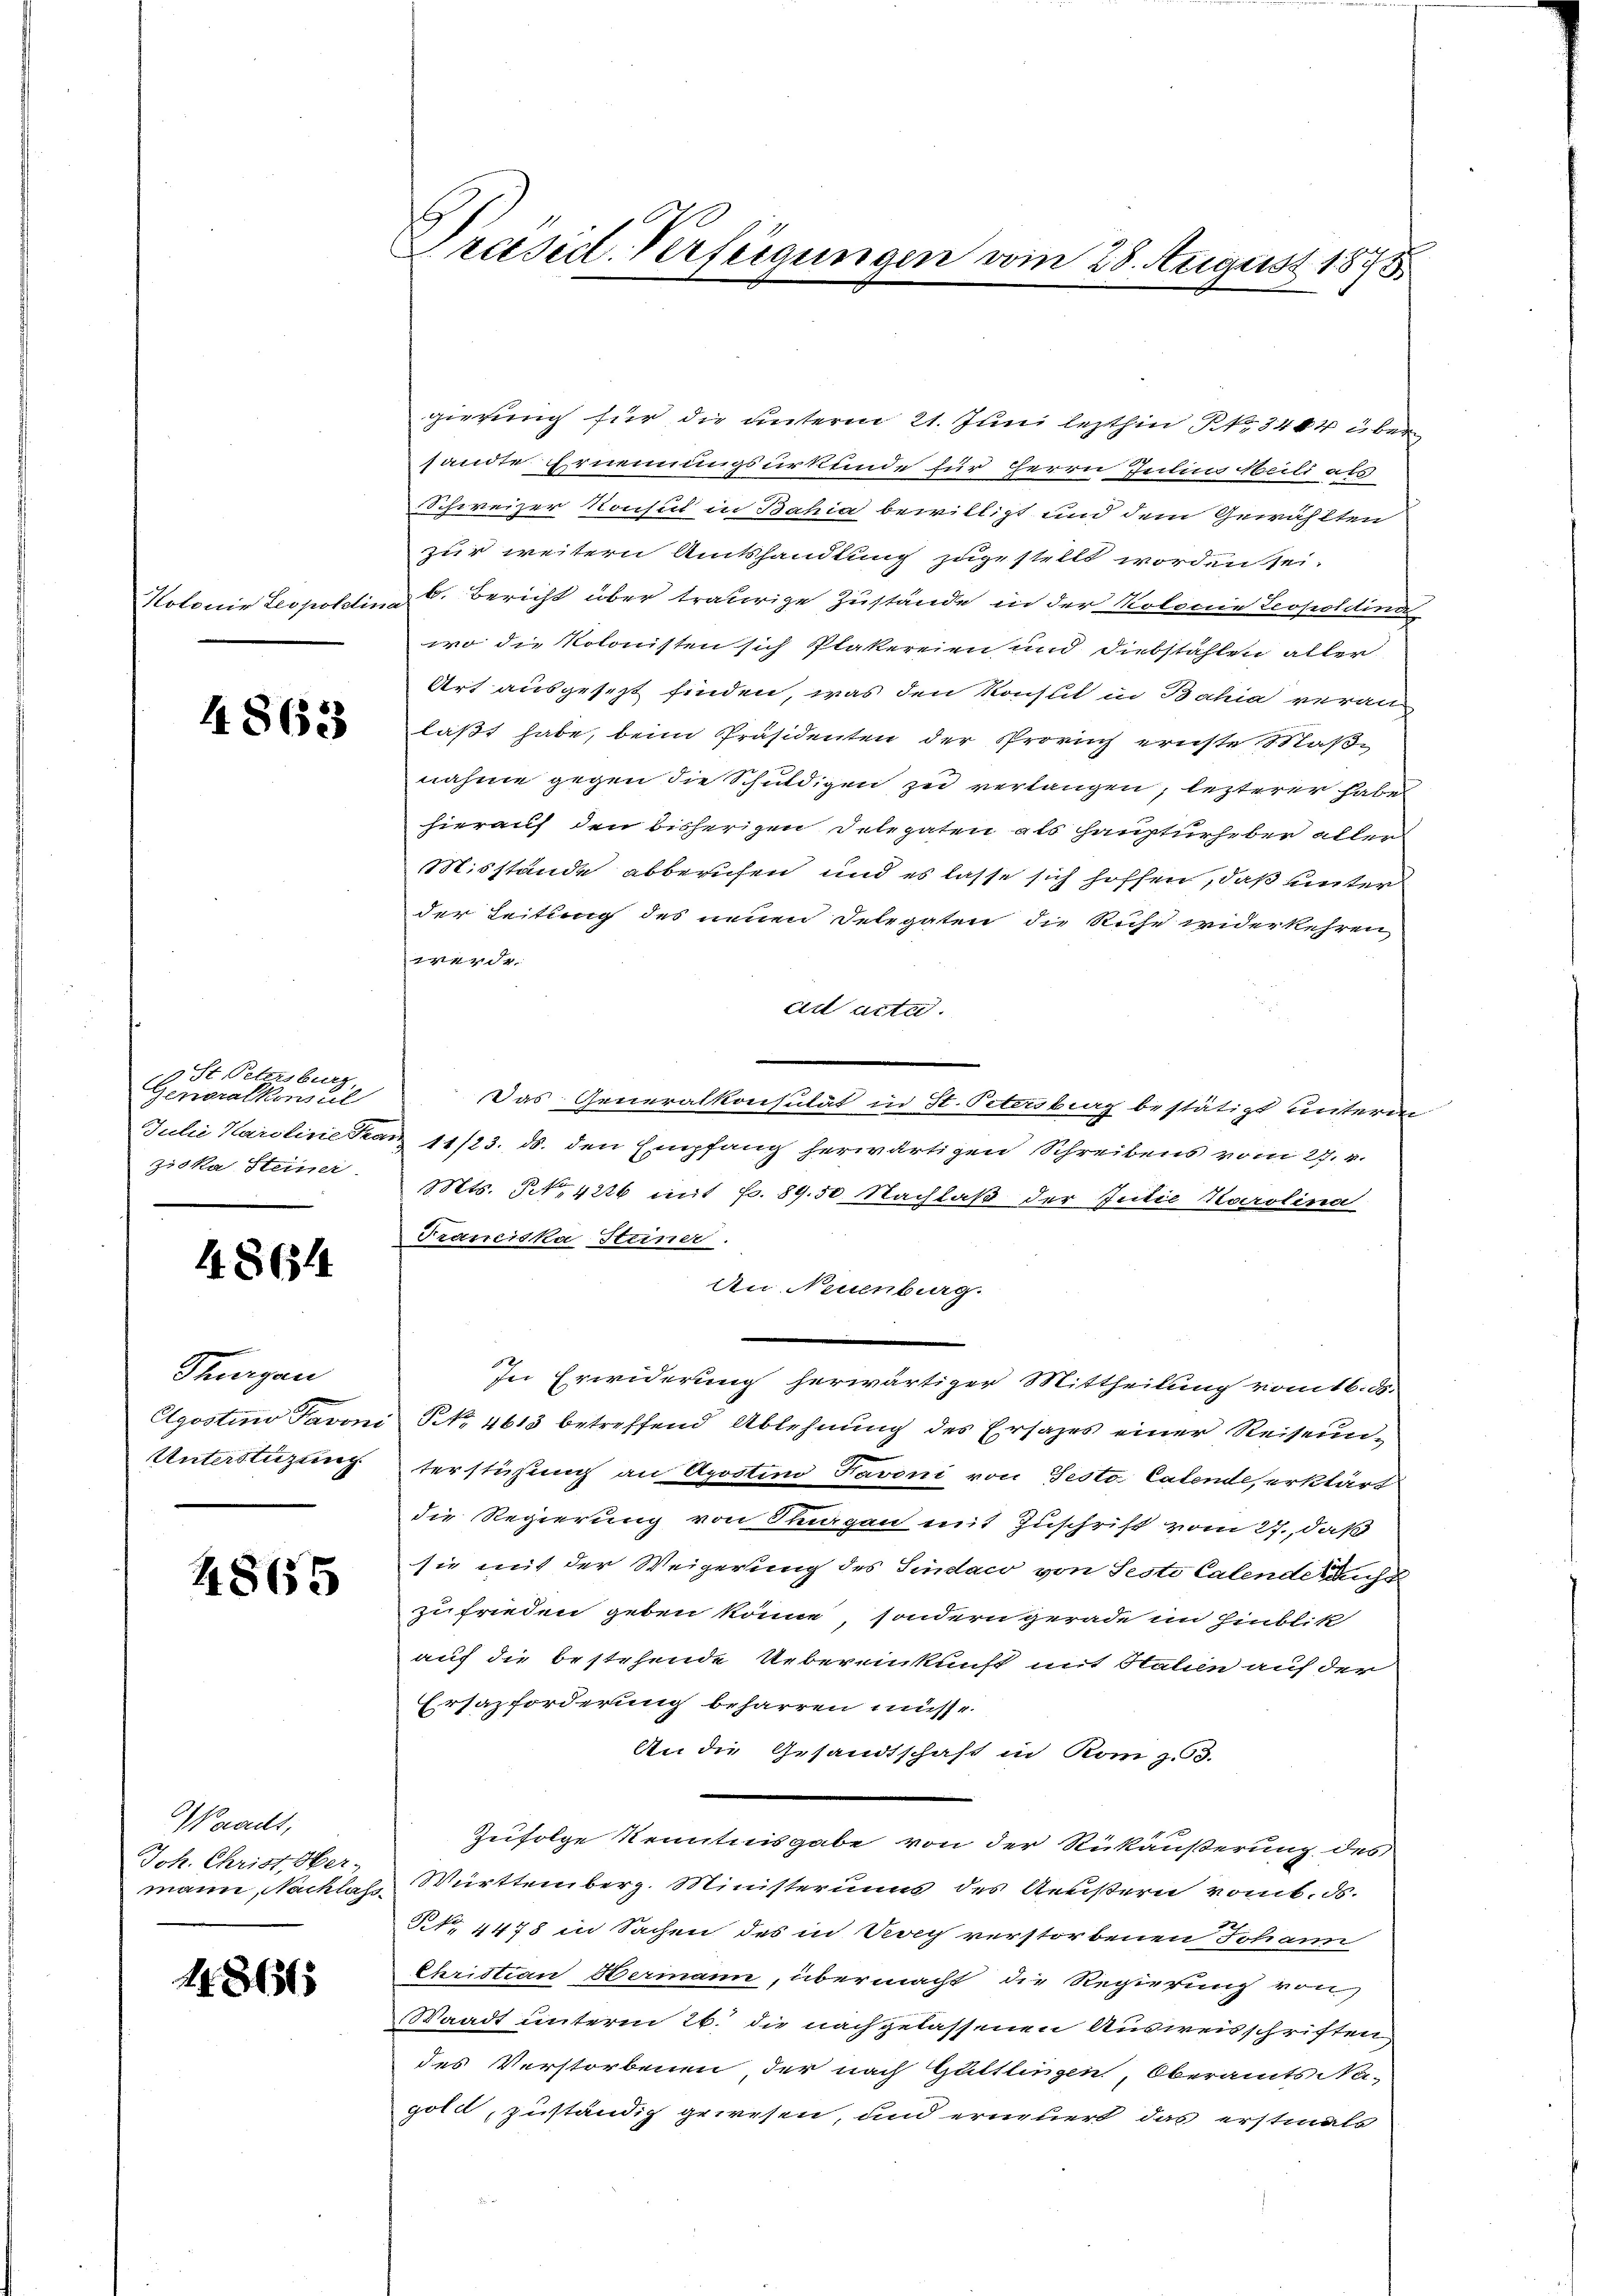
Kotonie Leopoldina

48633

3 St. Petersburg
Generalkonstil
ziska, Steiner

48654

Thurgau
e
Unterstüzung

4865

Waadt,
Joh. Christ, Ober-
mann, Nachlass¬

118615

Präsid. Verfügungen vom 28. August 1878

gierung für die unterm 21. Juni lezthin § 3404 über
sandte Ernennungsurkunde für Herrn Julin Meilt als
Schweizer Konsul in Bahia bewilligt und dem Gewählten
zur weitern Amtshandlung zugestellt worden sei.
b. Bericht über traurige Zustände in der Kolonie Leopoldinn
wo die Kolonisten sich Plakereien und Diebstahlen aller
Art ausgesezt finden, was den Konst in Bahia veran
laßt habe, beim Präsidenten der Prorich ernste Maßnahme gegen die Schuldigen zu verlangen; lezterer haben
hierauf den bisherigen Delegaten als Haupturheber aller
Misstände abberufen und es lasse sich hoffen, daß unter
der Leitung des neuen Delegaten die Ruhe widerkehren
werde.
ad acta.
Das Generalkonsität in St. Petersberg bestätigt unterm
Julie Karoline Franz 11/23. ds. den Empfang herwärtigen Schreibens vom 27. v.
Mts. No 4226 mit Fr. 89.50. Nachlaß der Julie Karolina
Franciska Steiner.
An Neuenburg.
In Erwiderung herwärtiger Mittheilung vom 16. d.
Elgostino Favoni S. 4613 betreffend Ablehnung des Ersazes einer Reiseunterstüzung an Aposten Favoni von Jesto latende, erklärt
die Regierung von Sorgen mit Zuschrift vom 27., daß
sie mit der Weigerung des Sindaco von Seste Calende sich
zufrieden geben könne, sondern gerade im Hinblik
auf die bestehende Uebereinkunft mit Halien auf der
Ersazforderung beharren müsse.
An die Gesandtschaft in Komp. 53.
Zufolge kenntnisgabe von der Rückäußerung des
Württemberg. Ministerius des Aeustern vom 6. ds.
t. 4478 in Sachen des in Nach verstorbenen Johann
Christian Hermann, übermacht die Regierung von
Waadt unterm 26. die nachgelassenen Ausweisschriften,
des Verstorbenen der nach Guttlingen, Oberamts Na-
gold, zuständig gewesen, und erneuert, das erstmals